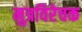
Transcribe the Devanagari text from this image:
मुत्रविरेचक